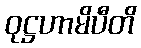
ဝုဋ္ဌဟာမိပီတိ